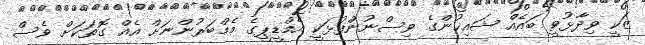
ޒަކީ ވިދާޅުވީ ބައެއް ޝައިޚުންގެ ވިސްނުންފުޅަކީ އެމްޑީޕީގެ މެމްބަރުންނަށް އެއް ގޮތަކަށް ވެސް